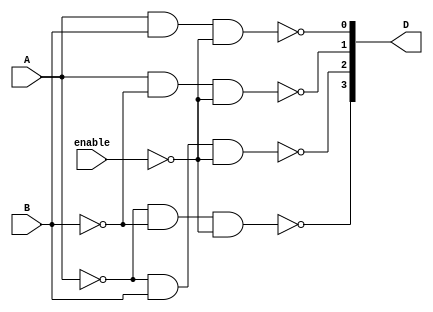
// Gate-level description of 2-to-4-line decoder
// See Fig. 4-19. Note: The figure uses symbol E, but the
// Verilog model uses enable to clearly indicate functionality.

module decoder_2x4_gates (D, A, B, enable);
  output [0: 3]	D;
  input		A, B;
  input		enable;
  wire		A_not, B_not, enable_not;
  not
    G1  (A_not, A),
    G2  (B_not, B),
    G3  (enable_not, enable);
  nand
    G4  (D[0], A_not, B_not, enable_not),
    G5  (D[1], A_not, B, enable_not),
    G6  (D[2], A, B_not, enable_not),
    G7  (D[3], A, B, enable_not);
endmodule